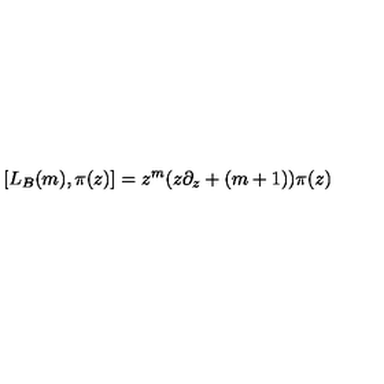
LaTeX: [ L _ { B } ( m ) , \pi ( z ) ] = z ^ { m } ( z \partial _ { z } + ( m + 1 ) ) \pi ( z )